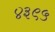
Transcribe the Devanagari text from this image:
४३९५